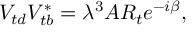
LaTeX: V _ { t d } V _ { t b } ^ { \ast } = \lambda ^ { 3 } A R _ { t } e ^ { - i \beta } ,